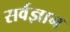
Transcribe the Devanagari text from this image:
सर्वज्ञान